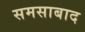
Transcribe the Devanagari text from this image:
समसाबाद